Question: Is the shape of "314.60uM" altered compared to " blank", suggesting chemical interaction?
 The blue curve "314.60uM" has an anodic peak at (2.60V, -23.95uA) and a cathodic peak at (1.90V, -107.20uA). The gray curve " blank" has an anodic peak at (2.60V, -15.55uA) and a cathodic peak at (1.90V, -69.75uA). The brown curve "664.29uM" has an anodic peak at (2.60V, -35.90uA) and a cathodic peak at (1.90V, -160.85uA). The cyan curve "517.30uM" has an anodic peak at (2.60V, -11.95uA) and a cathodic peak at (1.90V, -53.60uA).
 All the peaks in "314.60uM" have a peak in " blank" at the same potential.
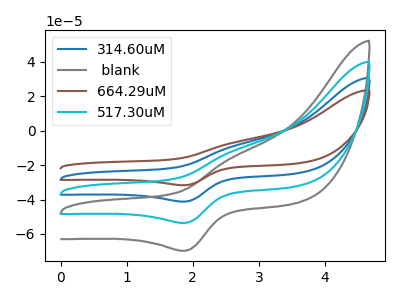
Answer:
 <answer>No, "314.60uM" and " blank" don't appear to be significantly different in shape</answer>
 <eval>no_change</eval>